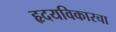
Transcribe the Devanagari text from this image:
हृदयविकारचा